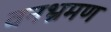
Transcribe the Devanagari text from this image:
वनभ्रमण